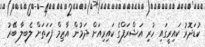
ކުޑަދޮރު ކައިރީގައި ހުރި އަޝްރަފްގެ ކައިރިއަށް ދަމުން އާޒިމް ފަހަތަށް ލެބިލާ ބޭރު